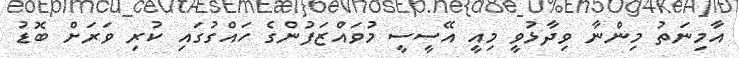
އާމިނަތު މިންނާ ވިދާޅުވީ މިއީ އޭސީސީ މުވައްޒަފުންގެ ހައްގުގައި ކުރި ވަރަށް ބޮޑު